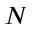
N